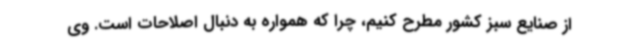
از صنایع سبز کشور مطرح کنیم، چرا که همواره به دنبال اصلاحات است. وی